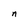
Character: n